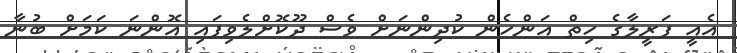
އެއީ ފަރީލާގެ ހިތް އަންހެން ކުދިންނަށް ވެސް ދޫކޮށްލެވިފައި އޮންނަ ކަމަށް ބުނާ